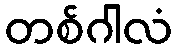
တစ်ဂါလံ